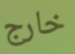
خارج